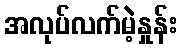
အလုပ်လက်မဲ့နှုန်း